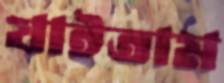
যাইতাম